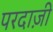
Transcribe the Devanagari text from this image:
परदाज़ी